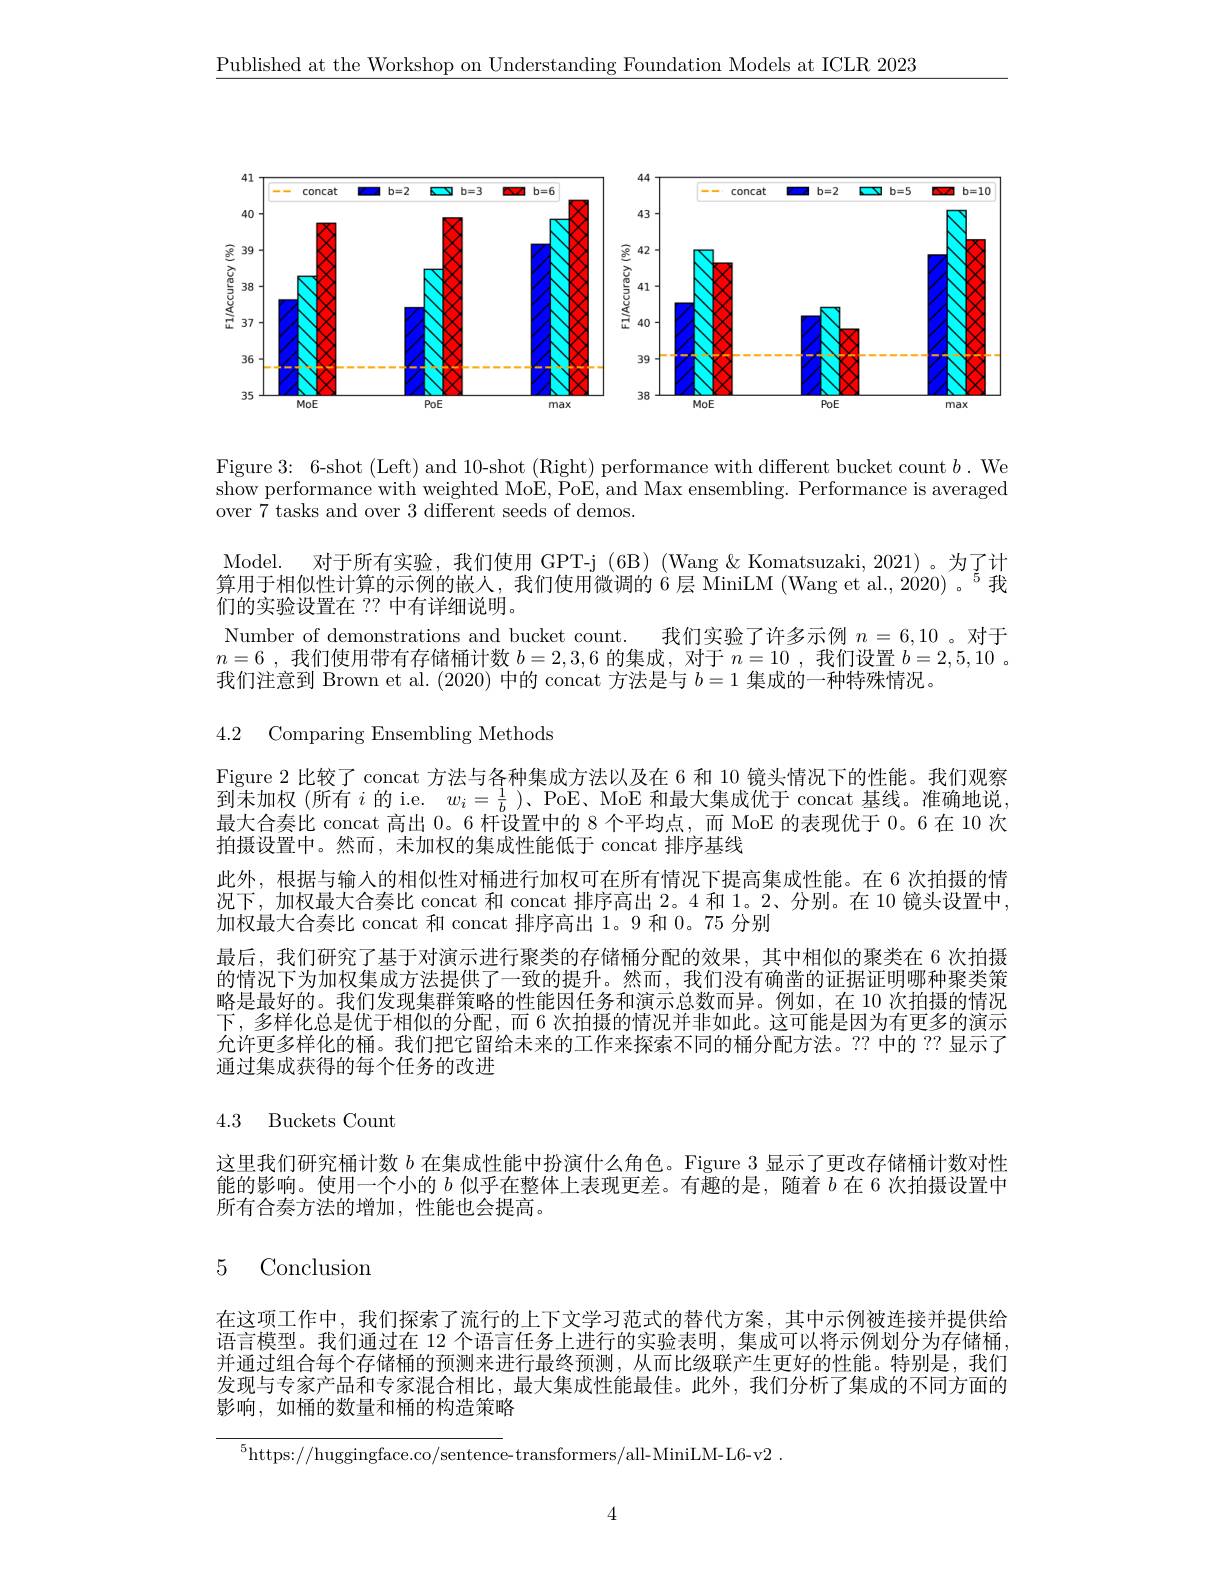
$\underline{\text{Published at the Workshop on Understanding Foundation Models at ICLR 2023}}$

<FigureHere>

Figure 3: 6-shot (Left) and 10-shot (Right) performance with different bucket count $b.$ We show performance with weighted MoE, PoE, and Max ensembling. Performance is averaged over $\tilde{7}$ tasks and over 3 different seeds of demos.

Model. 对于所有实验，我们使用 GPT-j (6B) (Wang &Komatsuzaki,2021)。为了计

算用于相似性计算的示例的嵌人，我们使用微调的 6层 MiniLM (Wang et al., 2020) 。$^{5}$我

们的实验设置在 ?? 中有详细说明。

Number of demonstrations and bucket count. 我们实验了许多示例$n=6,10$ 。对于

$n=6$ ,我们使用带有存储桶计数$b=2,3,6$的集成，对于$n=10$ ,我们设置$b=2,5,10$ 。

我们注意到 Brown et al. (2020)中的 concat 方法是与$b=1$集成的一种特殊情况。

4.2 Comparing Ensembling Methods

Figure 2 比较了 concat 方法与各种集成方法以及在 6 和 10 镜头情况下的性能。我们观察到末加权(所有$i$ 的 i.e. $w_i=\frac1b$ )、PoE、MoE 和最大集成优于 concat 基线。准确地说， 最大合奏比 concat 高出0。6 杆设置中的 8 个平均点，而 MoE 的表现优于 0。6 在 10 次拍摄设置中。然而，未加权的集成性能低于 concat 排序基线
此外，根据与输入的相似性对桶进行加权可在所有情况下提高集成性能。在 6 次拍摄的情况下，加权最大合奏比 concat 和 concat 排序高出 2。4 和 1。2、分别。在 10 镜头设置中， 加权最大合奏比 concat 和 concat 排序高出 1。9 和 0。75 分别
最后，我们研究了基于对演示进行聚类的存储桶分配的效果，其中相似的聚类在 6 次拍摄的情况下为加权集成方法提供了一致的提升。然而，我们没有确凿的证据证明哪种聚类策略是最好的。我们发现集群策略的性能因任务和演示总数而异。例如，在 10 次拍摄的情况下，多样化总是优于相似的分配，而 6 次拍摄的情况并非如此。这可能是因为有更多的演示允许更多样化的桶。我们把它留给未来的工作来探索不同的桶分配方法。?? 中的 ?? 显示了通过集成获得的每个任务的改进

# 4.3 Buckets Count

这里我们研究桶计数$b$在集成性能中扮演什么角色。Figure 3 显示了更改存储桶计数对性能的影响。使用一个小的$b$似乎在整体上表现更差。有趣的是，随着$b$在 6 次拍摄设置中所有合奏方法的增加，性能也会提高。

## 5 Conclusion

在这项工作中，我们探索了流行的上下文学习范式的替代方案，其中示例被连接并提供给语言模型。我们通过在 12 个语言任务上进行的实验表明，集成可以将示例划分为存储桶， 并通过组合每个存储桶的预测来进行最终预测，从而比级联产生更好的性能。特别是，我们发现与专家产品和专家混合相比，最大集成性能最佳。此外，我们分析了集成的不同方面的影响，如桶的数量和桶的构造策略

$^{5}$https://huggingface.co/sentence-transformers/all-MiniLM-L6-v2.

4